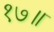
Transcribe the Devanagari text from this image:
१७॥